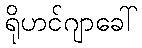
ရိုဟင်ဂျာခေါ်